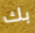
بك